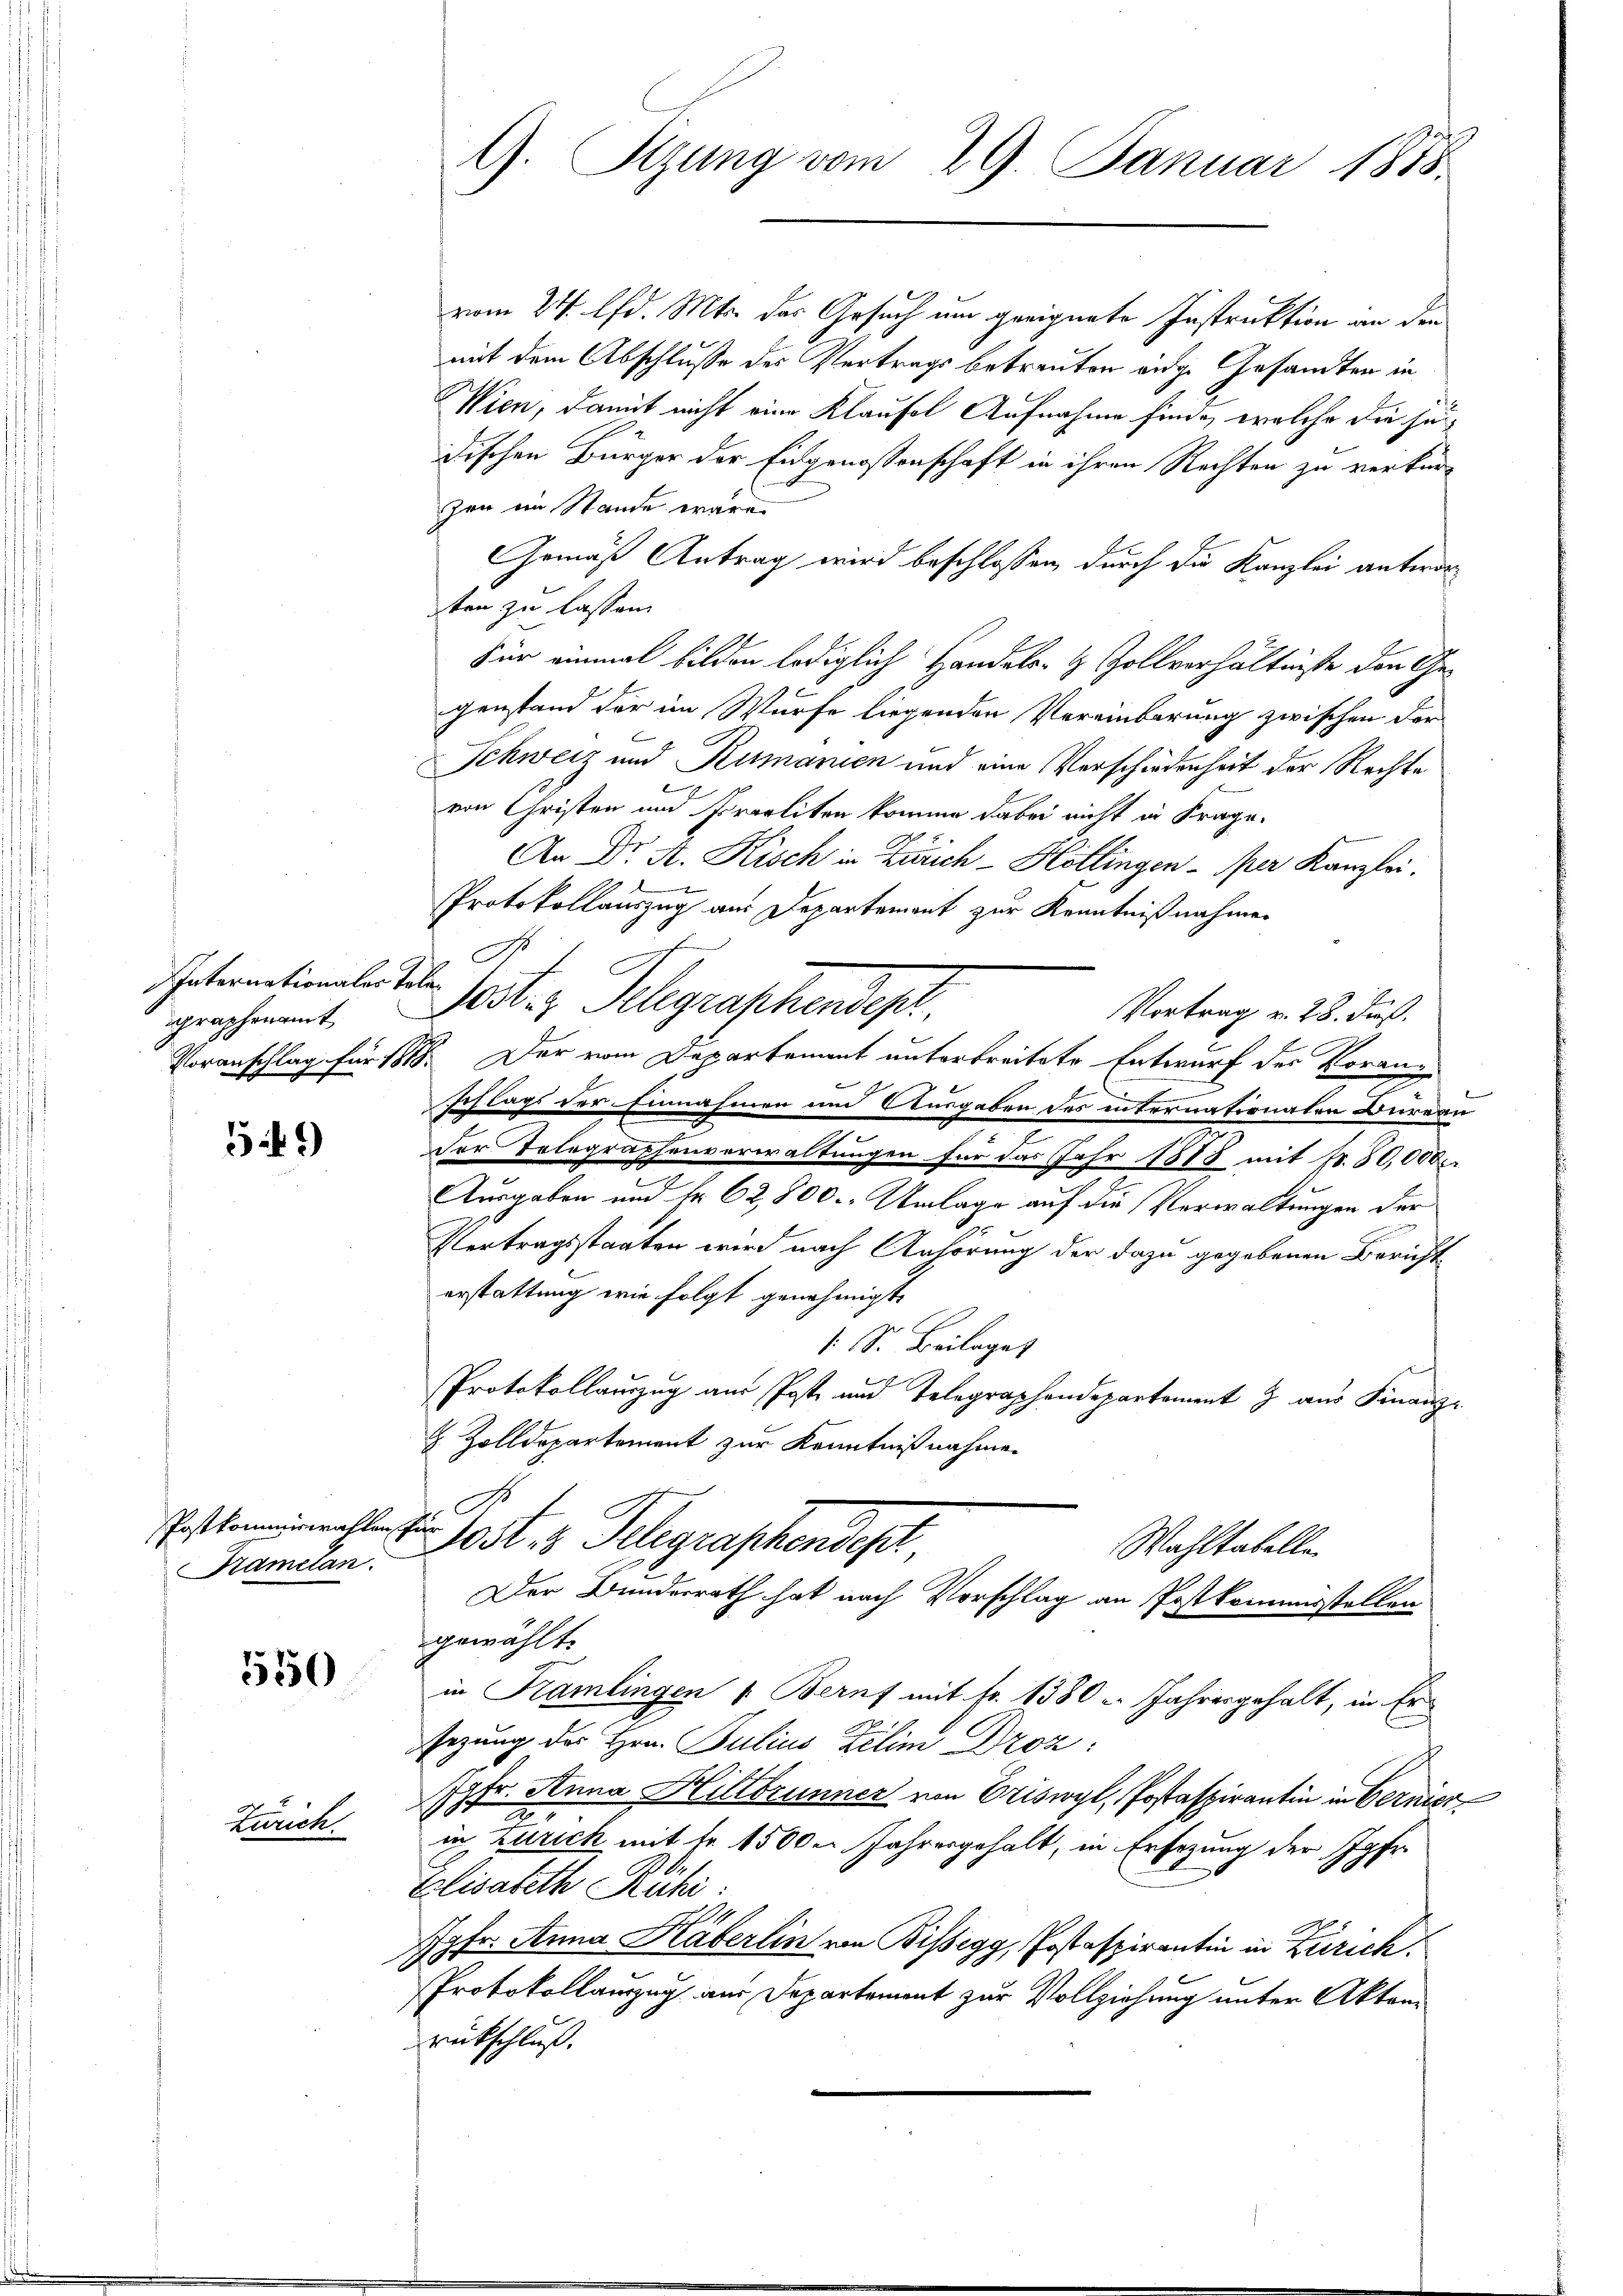
Internationaler Talagraphenamt

59)

Postkommiswahlen
Pamcian.

550

Zürich.

G. Stzung vom 29. Januar 1888.

zum 24. lfd. Mts. der Gesuch um geeignete Instruktion an den
mit dem Abschlusse des Vertrags betreuten eidge Gesandten in
Wien, damit nicht eine Klausel Aufnahme finde, welche die seidischen Bürger der Eidgenossenschaft in ihren Rechten zu verkürzen ein Stande wäre.
Gemäß Antrag wird beschlossen, durch die Kanzlei antworsten zu lassen.
Für einmal bilden lediglich Handels- & Zollverhältnisse den Gegenstand der im Würfe liegenden Vereinbarung zwischen der
Schweiz und Rumanien und eine Verschiedenheit der Rechte
von Christen und Praeliten komme dabei nicht in Frage.
An Dr. A. Kisch in Zürich - Hollingen per Kanzlei.
Protokollauszug aus Departement zur Kenntnißnahmen
ich
D
Jost ; Gelegraphendepr
Vortrag v. 28. Fuß.
Voranschlag für 1818. Der vom Departement unterbreitete Entwurf der Voranzschlags der Einnahmen und Ausgaben des internationaten Bureau
e
der Telegraphenverwaltungen für das Jahr 1878 mit Fr. 80,000
Ausgaben und Fr. 62,800. Unlage auf die Verwaltungen der
.
Vertragsstaaten wird nach Anhörung der dazu gegebenen Bericht
erstattung wie folgt genehmigt.
s Sr. Beilaget
Protokollauszug aus Post und Telegraphendepartement 7 aŭs Finanz-
& Zolldepartement zur Kenntnißnahme.
B

esher
Post 3 Telegraphendest,
Der Bunderrath hat nach Vorschlag an Postkommisstellen
gewählt.
in Kramlingen 1. Beruf mit fr. 1380 u. Jahresgehalt, in Er

Wahltabelle

sezung des Hrn. Julius Zelim Droz
Jgfr. Anna Hiltbrunner von Criswyl, Postaspirantin in Bernich
in Zürich mit fr. 15000 Jahresgehalt, in Ersezung der Jgfr.
e
Elisabeth Runi:
Jgfr. Anna Häberlin von Bissegg, Postaspirantin in Zürich.
Protokollauszug aus Departement zur Vollziehung unter Aktenrückschluß.